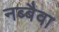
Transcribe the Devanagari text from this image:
नब्बैवा